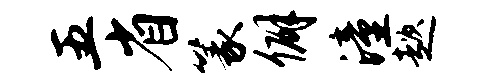
五省篆僻潼趑